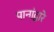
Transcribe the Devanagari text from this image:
पानांद्वारे